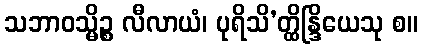
သဘာဝသ္မိဉ္စ လီလာယံ၊ ပုရိသိ’တ္ထိန္ဒြိယေသု စ။